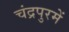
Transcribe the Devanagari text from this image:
चंद्रपुरमें